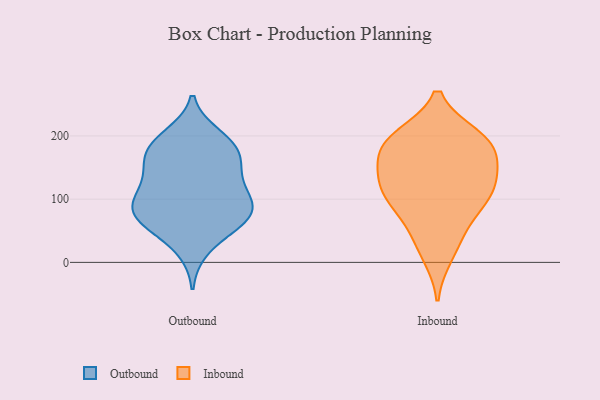
{"axis": {"x": "Population (Million)", "y": "Value"}, "legend": ["Inbound", "Outbound"], "data": [{"x": "", "y": 85, "type": "Outbound"}, {"x": "", "y": 200, "type": "Outbound"}, {"x": "", "y": 63, "type": "Outbound"}, {"x": "", "y": 145, "type": "Outbound"}, {"x": "", "y": 110, "type": "Outbound"}, {"x": "", "y": 62, "type": "Outbound"}, {"x": "", "y": 129, "type": "Outbound"}, {"x": "", "y": 75, "type": "Outbound"}, {"x": "", "y": 160, "type": "Outbound"}, {"x": "", "y": 83, "type": "Outbound"}, {"x": "", "y": 190, "type": "Outbound"}, {"x": "", "y": 60, "type": "Outbound"}, {"x": "", "y": 178, "type": "Outbound"}, {"x": "", "y": 98, "type": "Outbound"}, {"x": "", "y": 158, "type": "Outbound"}, {"x": "", "y": 101, "type": "Outbound"}, {"x": "", "y": 186, "type": "Outbound"}, {"x": "", "y": 21, "type": "Outbound"}, {"x": "", "y": 124, "type": "Inbound"}, {"x": "", "y": 105, "type": "Inbound"}, {"x": "", "y": 198, "type": "Inbound"}, {"x": "", "y": 63, "type": "Inbound"}, {"x": "", "y": 11, "type": "Inbound"}, {"x": "", "y": 152, "type": "Inbound"}, {"x": "", "y": 185, "type": "Inbound"}, {"x": "", "y": 93, "type": "Inbound"}, {"x": "", "y": 141, "type": "Inbound"}, {"x": "", "y": 186, "type": "Inbound"}, {"x": "", "y": 159, "type": "Inbound"}, {"x": "", "y": 38, "type": "Inbound"}, {"x": "", "y": 199, "type": "Inbound"}, {"x": "", "y": 195, "type": "Inbound"}, {"x": "", "y": 103, "type": "Inbound"}, {"x": "", "y": 116, "type": "Inbound"}]}